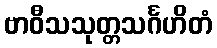
ဗာဝီသသုတ္တသင်္ဂဟိတံ